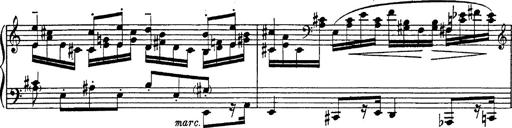
Title: Fantasie Ã¼ber Themen aus Mozarts Figaro und Don Giovanni
Composer: Franz Liszt